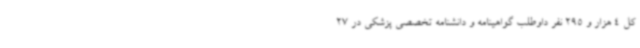
کل 4 هزار و 295 نفر داوطلب گواهینامه و دانشنامه تخصصی پزشکی در 27